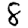
Digit: 8